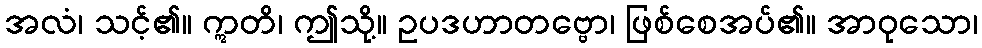
အလံ၊ သင့်၏။ ဣတိ၊ ဤသို့။ ဥပဒဟာတဗ္ဗော၊ ဖြစ်စေအပ်၏။ အာဝုသော၊